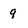
Character: 9